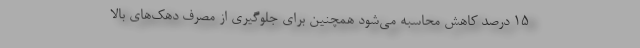
15 درصد کاهش محاسبه می‌شود همچنین برای جلوگیری از مصرف دهک‌های بالا